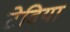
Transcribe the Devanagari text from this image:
टेविया